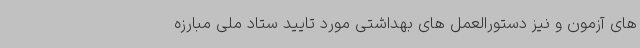
های آزمون و نیز دستورالعمل های بهداشتی مورد تایید ستاد ملی مبارزه